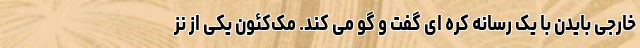
خارجی بایدن با یک رسانه کره ای گفت و گو می کند. مک‌کئون یکی از نز